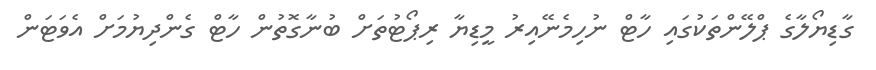
ގާޑިޔޯލާގެ ޕްލޭންތަކުގައި ހާޓް ނުހިމެނޭއިރު މީޑިޔާ ރިޕޯޓުތަށް ބުނާގޮތުން ހާޓް ގެންދިޔުމަށް އެވަޓަން